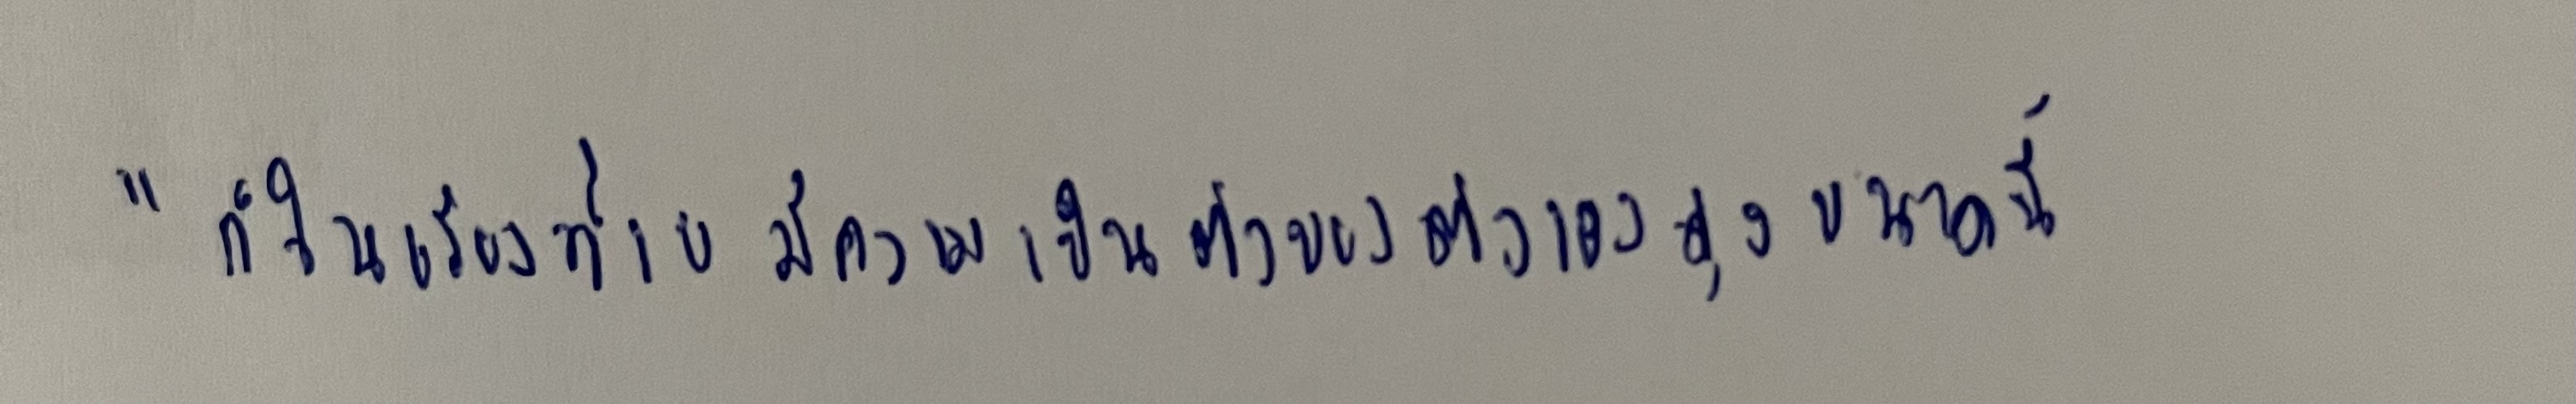
"ก็ในเรื่องที่เยมีความเป็นตัวของตัวเองสูงขนาดนี้